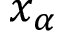
x _ { \alpha }